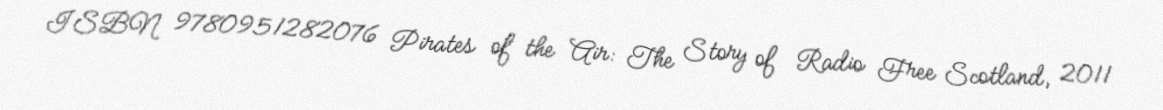
ISBN 9780951282076 Pirates of the Air: The Story of Radio Free Scotland, 2011